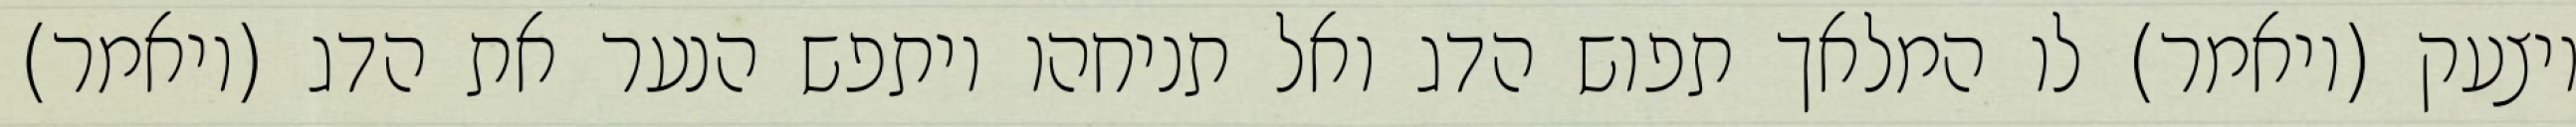
ויצעק (ויאמר) לו המלאך תפוש הדג ואל תניחהו ויתפש הנער את הדג (ויאמר)